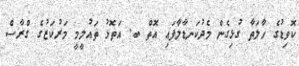
ކޮވިޑުގެ ހާލަތާ ގުޅިގެން މެދުކަނޑާލާފައި އޮތް ބ. އަތޮޅު ތައުލީމީ މަރުކަޒުގެ ގްރާސް